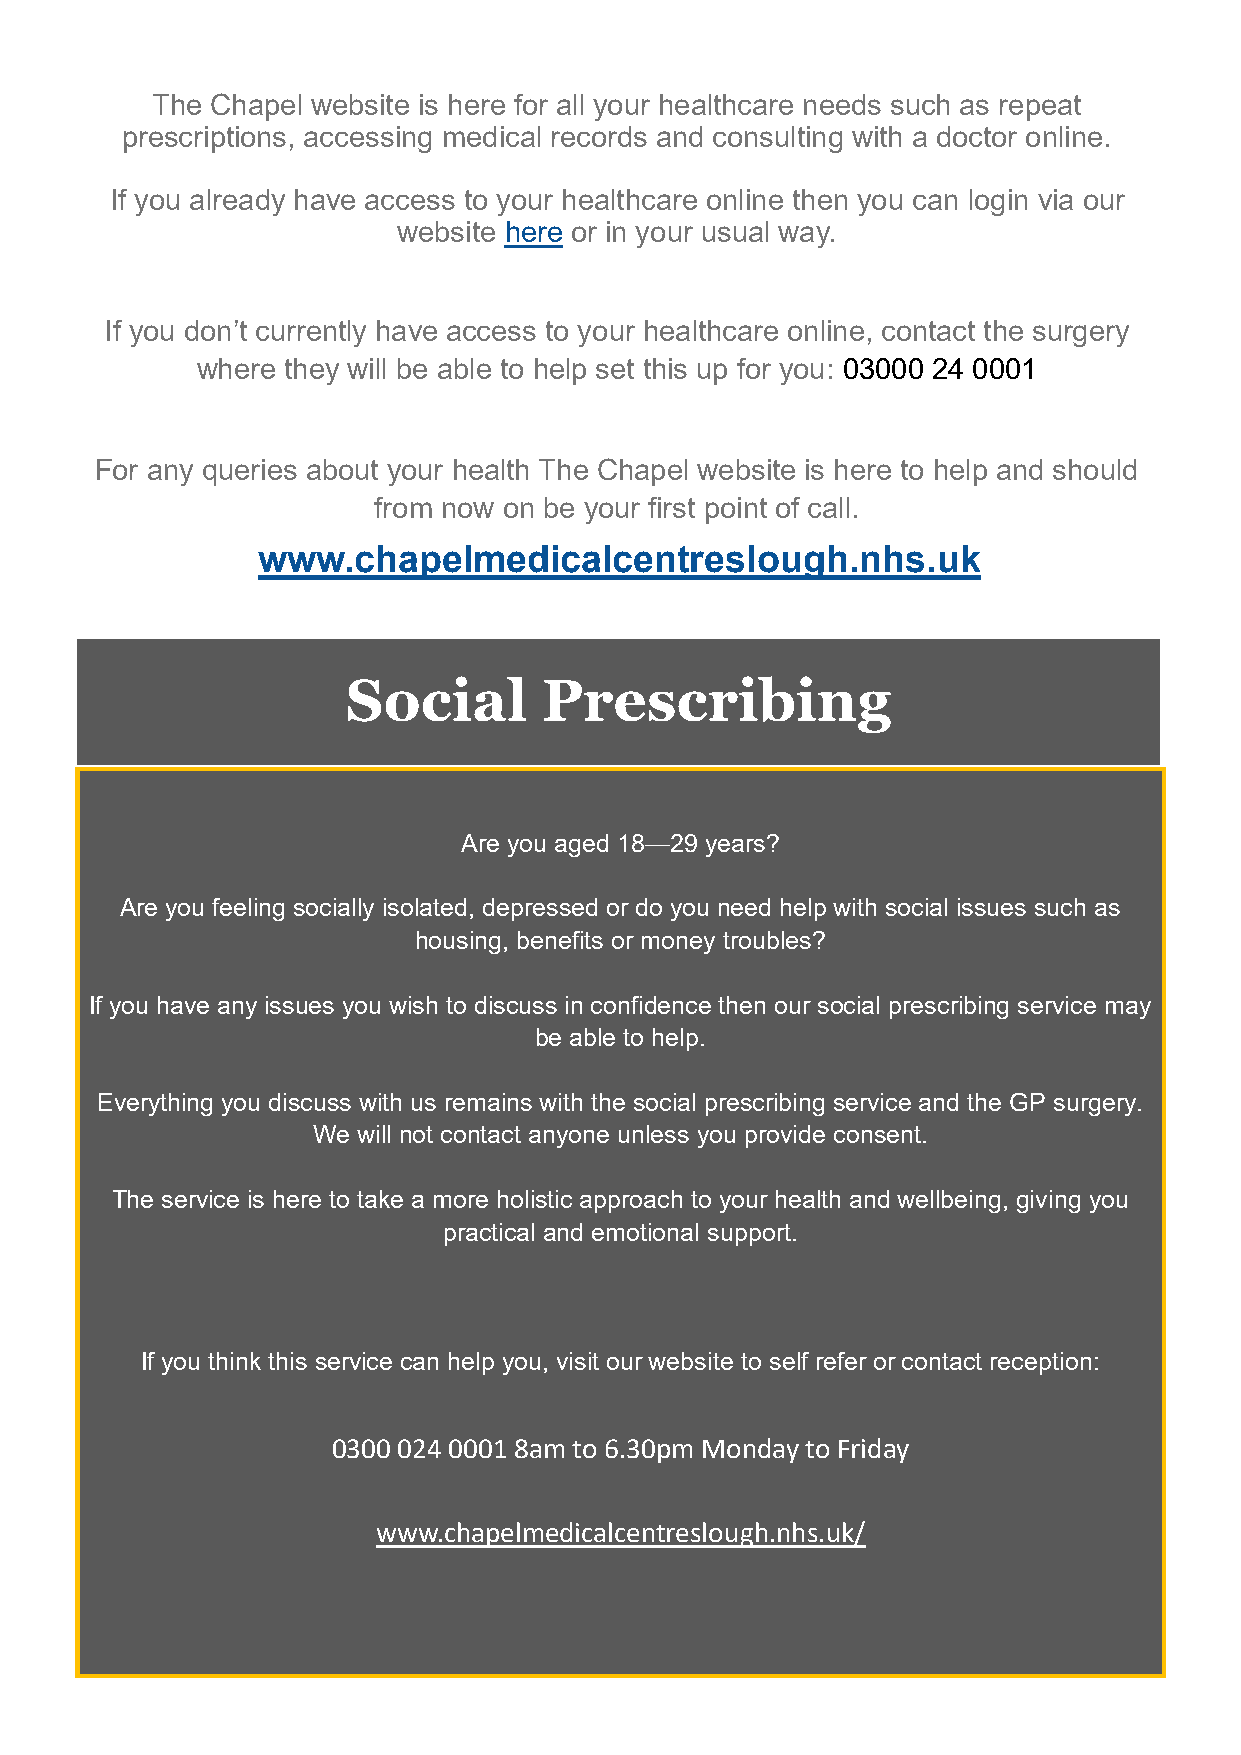
The Chapel website is here for all your healthcare needs such as repeat
 prescriptions, accessing medical records and consulting with a doctor online.
 If you already have access to your healthcare online then you can login via our
 website here or in your usual way.
 If you don’t currently have access to your healthcare online, contact the surgery
 where they will be able to help set this up for you: 03000 24 0001
 For any queries about your health The Chapel website is here to help and should
 from now on be your first point of call.
 www.chapelmedicalcentreslough.nhs.uk
 Social       Prescribing
 Are you aged 18—29 years?
 Are you feeling socially isolated, depressed or do you need help with social issues such as
 housing, benefits or money troubles?
 If you have any issues you wish to discuss in confidence then our social prescribing service may
 be able to help.
 Everything you discuss with us remains with the social prescribing service and the GP surgery.
 We will not contact anyone unless you provide consent.
 The service is here to take a more holistic approach to your health and wellbeing, giving you
 practical and emotional support.
 If you think this service can help you, visit our website to self refer or contact reception:
 0300 024 0001 8am to 6.30pm Monday to Friday
 www.chapelmedicalcentreslough.nhs.uk/